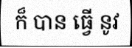
ក៏ បាន ធ្វើ នូវ